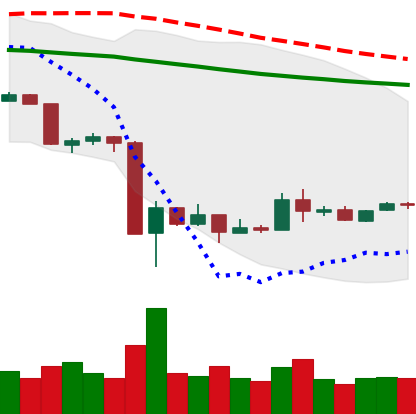
Ticker: XRP-USD
Chart end date: 2020-03-25
Forward return: 6.52%
Label: up_5_7